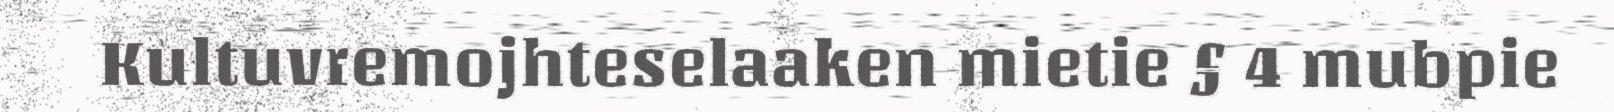
Kultuvremojhteselaaken mietie § 4 mubpie